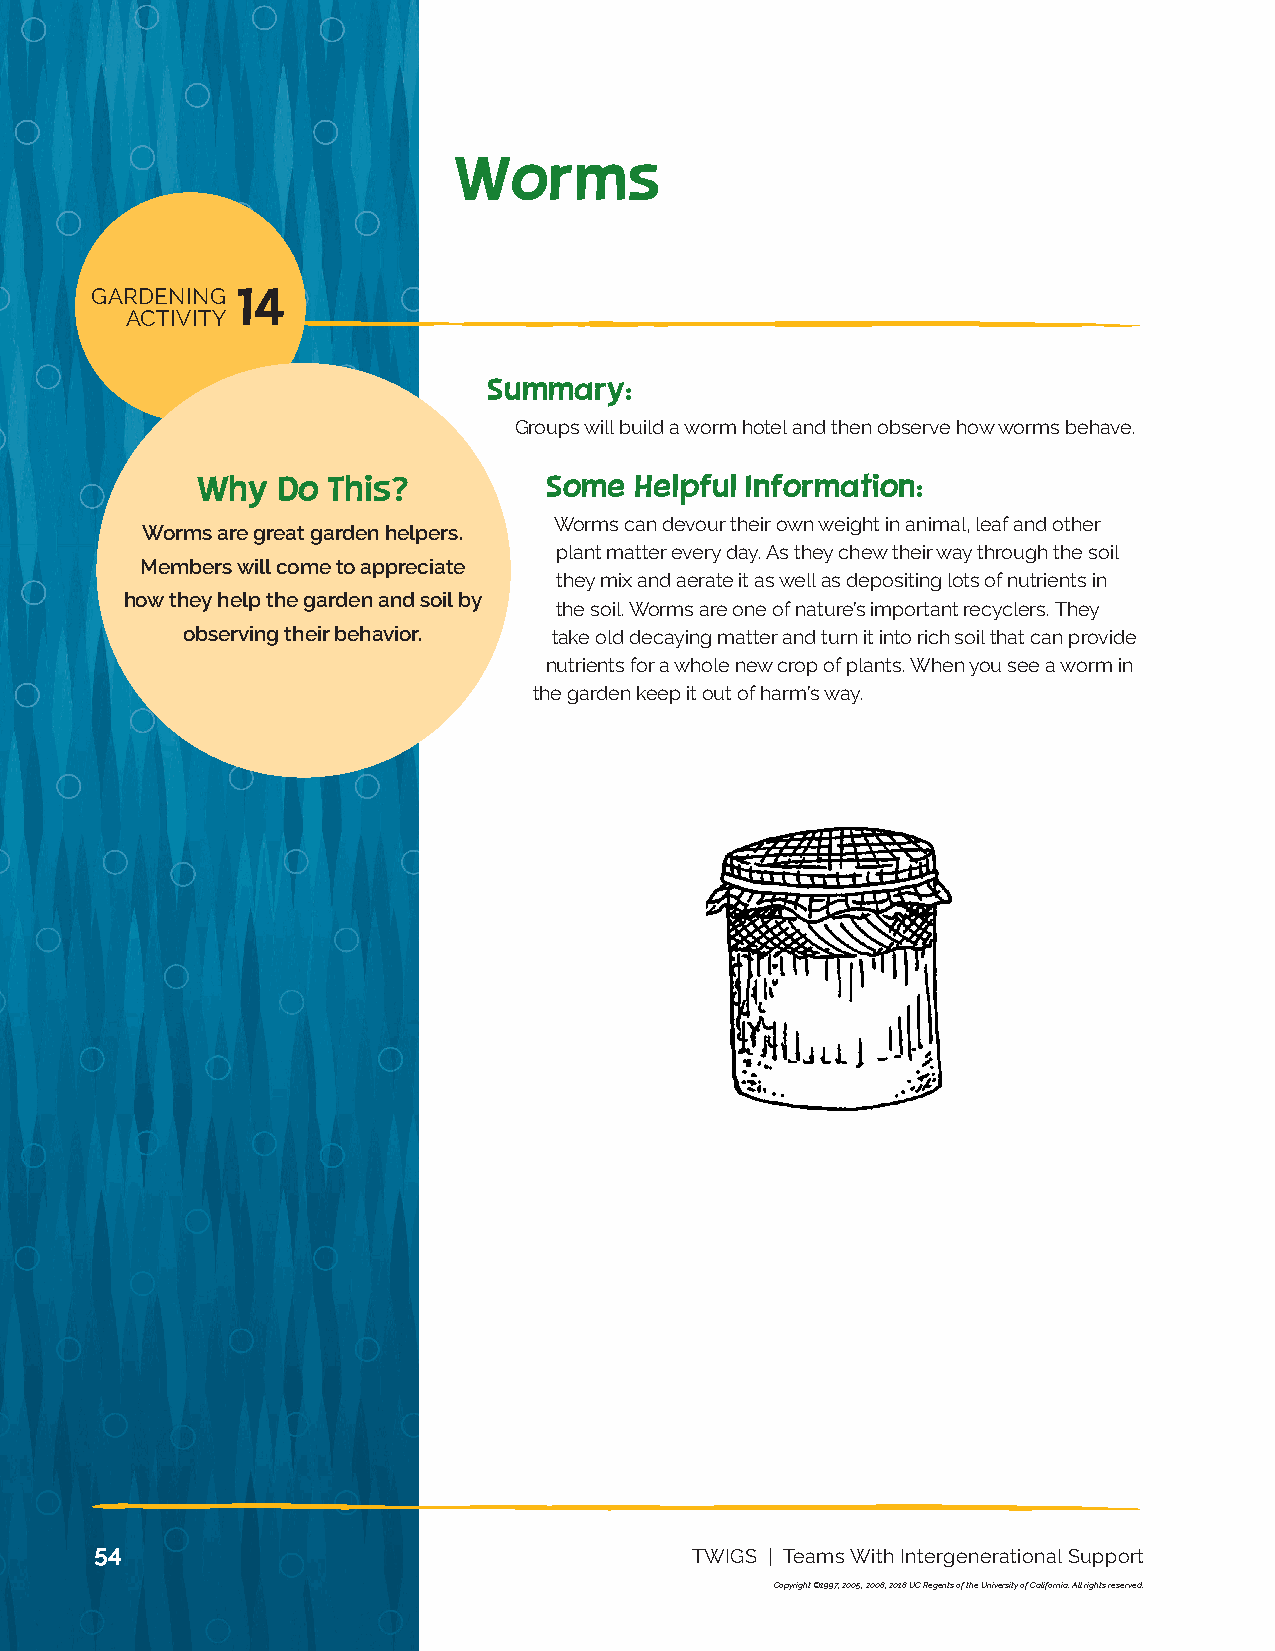
13 NUTRITION
 ACTIVITY
 Worms
 GARDENING 14
 ACTIVITY
 Summary:
 Groups will build a worm hotel and then observe how worms behave.
 Why  Do  This?         Some  Helpful Information:
 Worms can devour their own weight in animal, leaf and other
 Worms are great garden helpers.
 plant matter every day. As they chew their way through the soil
 Members will come to appreciate
 they mix and aerate it as well as depositing lots of nutrients in
 how they help the garden and soil by
 the soil. Worms are one of nature’s important recyclers. They
 observing their behavior. take old decaying matter and turn it into rich soil that can provide
 nutrients for a whole new crop of plants. When you see a worm in
 the garden keep it out of harm’s way.
 54                                      TWIGS | Teams With Intergenerational Support
 Copyright ©1997, 2005, 2008, 2018 UC Regents of the University of California. All rights reserved.